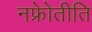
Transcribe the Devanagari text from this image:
नफ्रोेतीति